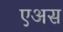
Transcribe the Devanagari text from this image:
एअस